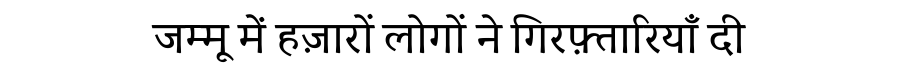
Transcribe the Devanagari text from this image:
जम्मू में हज़ारों लोगों ने गिरफ़्तारियाँ दी